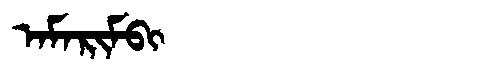
Manchu: ᠠᠮᠠᡵᡳᠮᠪᡳ
Romanization: AMARIMBI